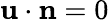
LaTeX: \mathbf{u}\cdot\mathbf{n}=0